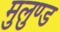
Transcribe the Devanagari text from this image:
मुलुण्ड